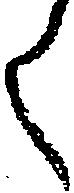
く